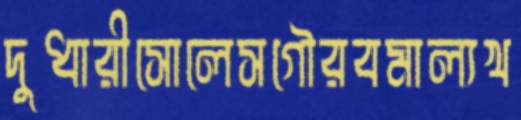
দুধারীসোলেসগৌরবমাল্যখ